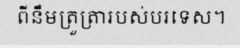
ពីនឹមត្រួត្រារបស់បរទេស។